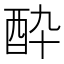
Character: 酔